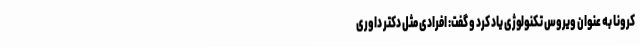
کرونا به عنوان ویروس تکنولوژی یاد کرد و گفت: افرادی مثل دکتر داوری